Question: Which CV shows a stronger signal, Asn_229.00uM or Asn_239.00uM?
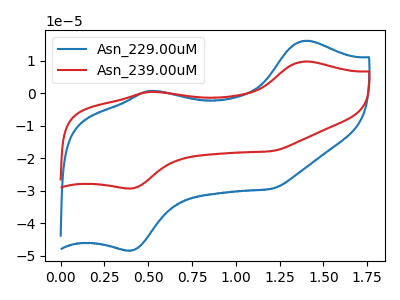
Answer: <think>The blue curve "Asn_229.00uM" has anodic peaks at (1.40V, 16.20uA) (0.50V, 0.75uA) and cathodic peaks at (0.40V, -48.40uA) (1.20V, -29.40uA). The red curve "Asn_239.00uM" has anodic peaks at (1.40V, 9.80uA) (0.50V, 0.45uA) and cathodic peaks at (0.40V, -29.30uA) (1.20V, -17.80uA).
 All the peaks in "Asn_229.00uM" have a peak in "Asn_239.00uM" at the same potential. Every peak in "Asn_229.00uM" is higher than every peak in "Asn_239.00uM".</think>
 <answer>"Asn_229.00uM" has more signal than "Asn_239.00uM".</answer>
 <eval>more_signal</eval>